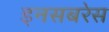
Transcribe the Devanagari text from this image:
इनसबरेस